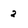
Character: 2